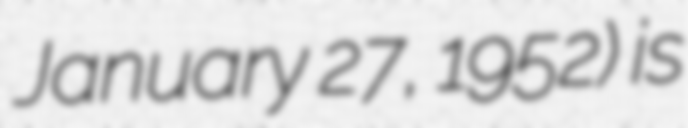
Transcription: January 27, 1952) is